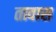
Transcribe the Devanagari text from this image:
तावास